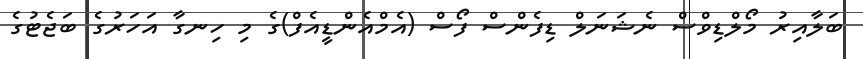
ބަލާއިރު މޯލްޑިވްސް ނެޝަނަލް ޑިފެންސް ފޯސް (އެމްއެންޑީއެފް)ގެ މި ހިނގާ އަހަރުގެ ބަޖެޓުގެ